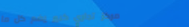
مركز تجاري كبير يضم كل ما